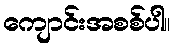
ကျောင်းအစစ်ပါ။